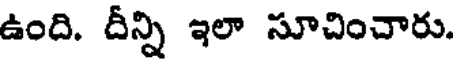
ఉంది. దీన్ని ఇలా సూచించారు.